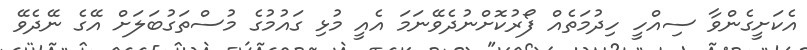
އެކަށީގެންވާ ސިއްހީ ހިދުމަތެއް ފޯރުކޮށްނުދެވޭނަމަ އެއީ މުޅި ގައުމުގެ މުސްތަގުބަލަށް އޭގެ ނޭދެވޭ